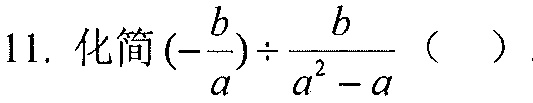
11. 化简\((-\frac{b}{a})\div\frac{b}{a^{2}-a}\)（  ）